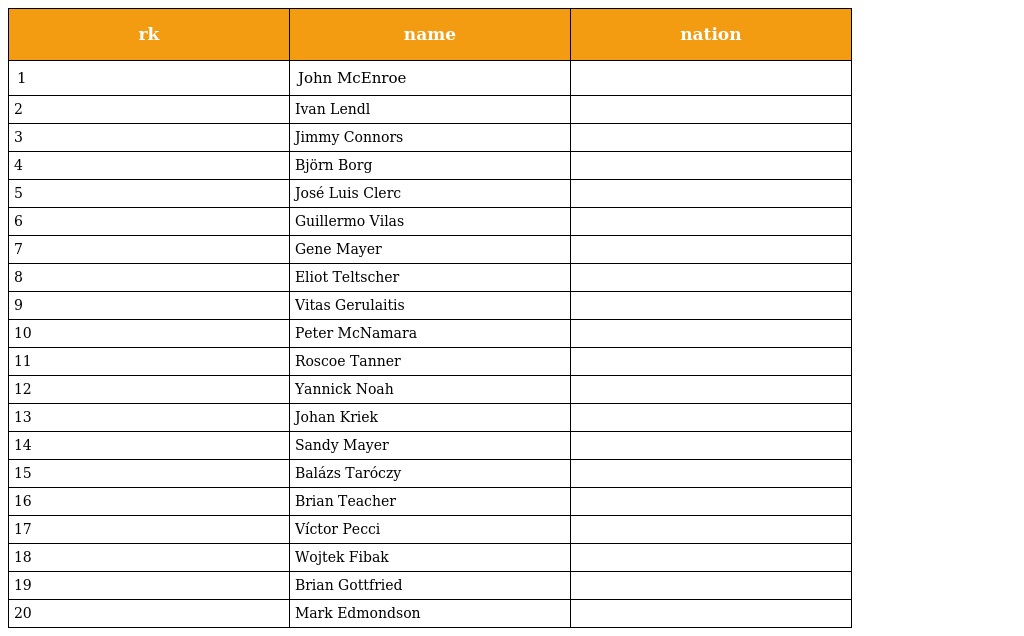
| rk | name | nation |
 | --- | --- | --- |
 | 1 | John McEnroe |  |
 | 2 | Ivan Lendl |  |
 | 3 | Jimmy Connors |  |
 | 4 | Björn Borg |  |
 | 5 | José Luis Clerc |  |
 | 6 | Guillermo Vilas |  |
 | 7 | Gene Mayer |  |
 | 8 | Eliot Teltscher |  |
 | 9 | Vitas Gerulaitis |  |
 | 10 | Peter McNamara |  |
 | 11 | Roscoe Tanner |  |
 | 12 | Yannick Noah |  |
 | 13 | Johan Kriek |  |
 | 14 | Sandy Mayer |  |
 | 15 | Balázs Taróczy |  |
 | 16 | Brian Teacher |  |
 | 17 | Víctor Pecci |  |
 | 18 | Wojtek Fibak |  |
 | 19 | Brian Gottfried |  |
 | 20 | Mark Edmondson |  |